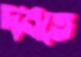
দমতে